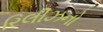
રિલીઝનો